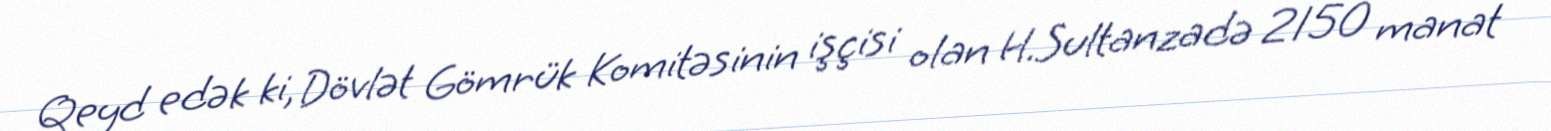
Qeyd edək ki, Dövlət Gömrük Komitəsinin işçisi olan H.Sultanzadə 2150 manat